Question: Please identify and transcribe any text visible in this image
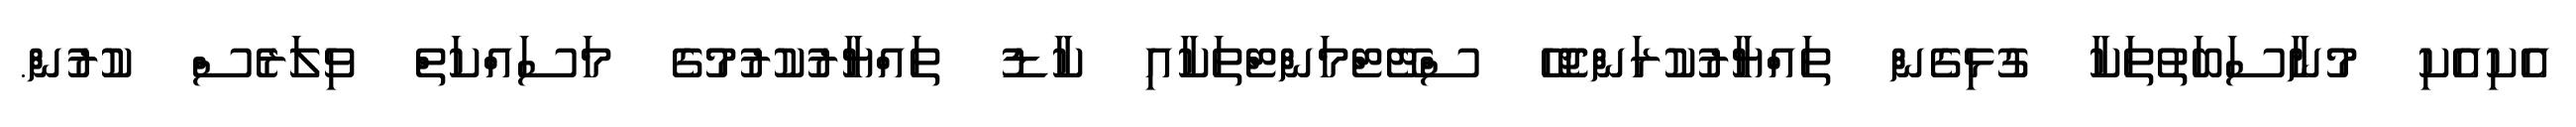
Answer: އެކިއެކި މުނާސަބަތުތަކާ ގުޅިގެން ތައްޔާރުކުރަންޖެހޭ ސްޓޭޓްމަންޓްތަކާއި ކާޑު ތައްޔާރުކުރުމުގެ މަސައްކަތް ވިލަރެސް ކުރުން.